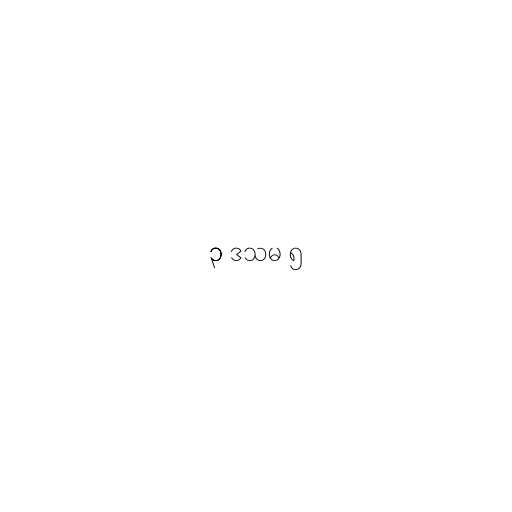
၃ ဒသမ ၅